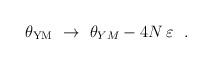
LaTeX: \begin{align*}\theta_{\rm YM} ~\to~\theta_{YM} - 4N\,\varepsilon~~.\end{align*}